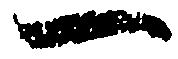
一